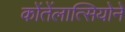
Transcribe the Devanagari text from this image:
कोंतेंलात्सियोने